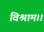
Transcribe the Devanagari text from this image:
विश्राम।।